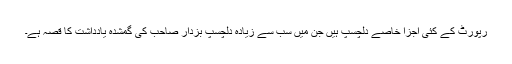
رپورٹ کے کئی اجزا خاصے دلچسپ ہیں جن میں سب سے زیادہ دلچسپ بزدار صاحب کی گمشدہ یادداشت کا قصہ ہے۔